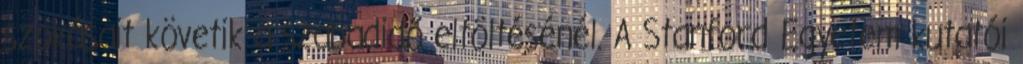
szokásait követik a szabadidő eltöltésénél. A Stanford Egyetem kutatói